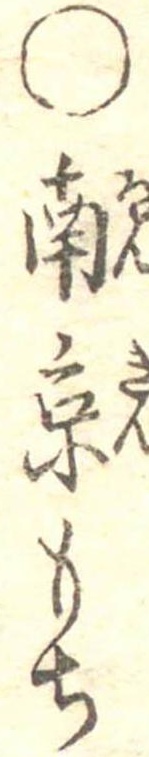
○南京もち